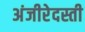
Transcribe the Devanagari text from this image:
अंजीरेदस्ती